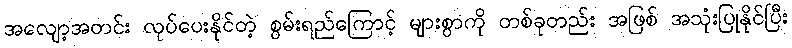
အလျော့အတင်း လုပ်ပေးနိုင်တဲ့ စွမ်းရည်ကြောင့် များစွာကို တစ်ခုတည်း အဖြစ် အသုံးပြုနိုင်ပြီး